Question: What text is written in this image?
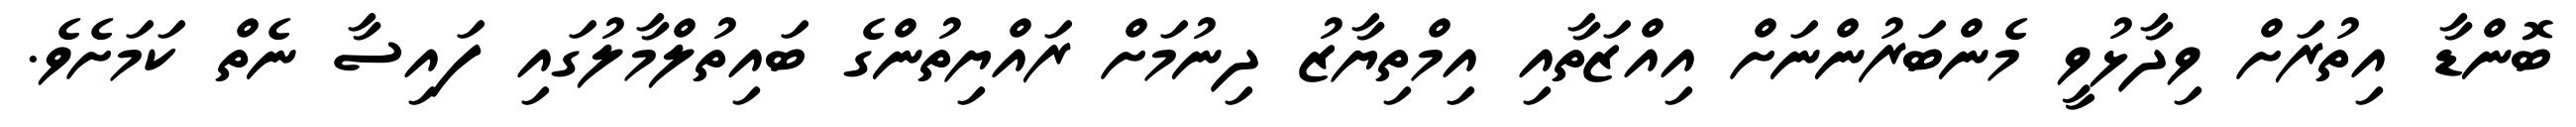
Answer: ބޮންޑާ އިތުރަށް ވިދާޅުވީ މެންބަރުންނަށް އިއްޒަތާއި އިމްތިޔާޒު ދިނުމަށް ރައްޔިތުންގެ ބައިތުލްމާލުގައި ފައިސާ ނެތް ކަމަށެވެ.